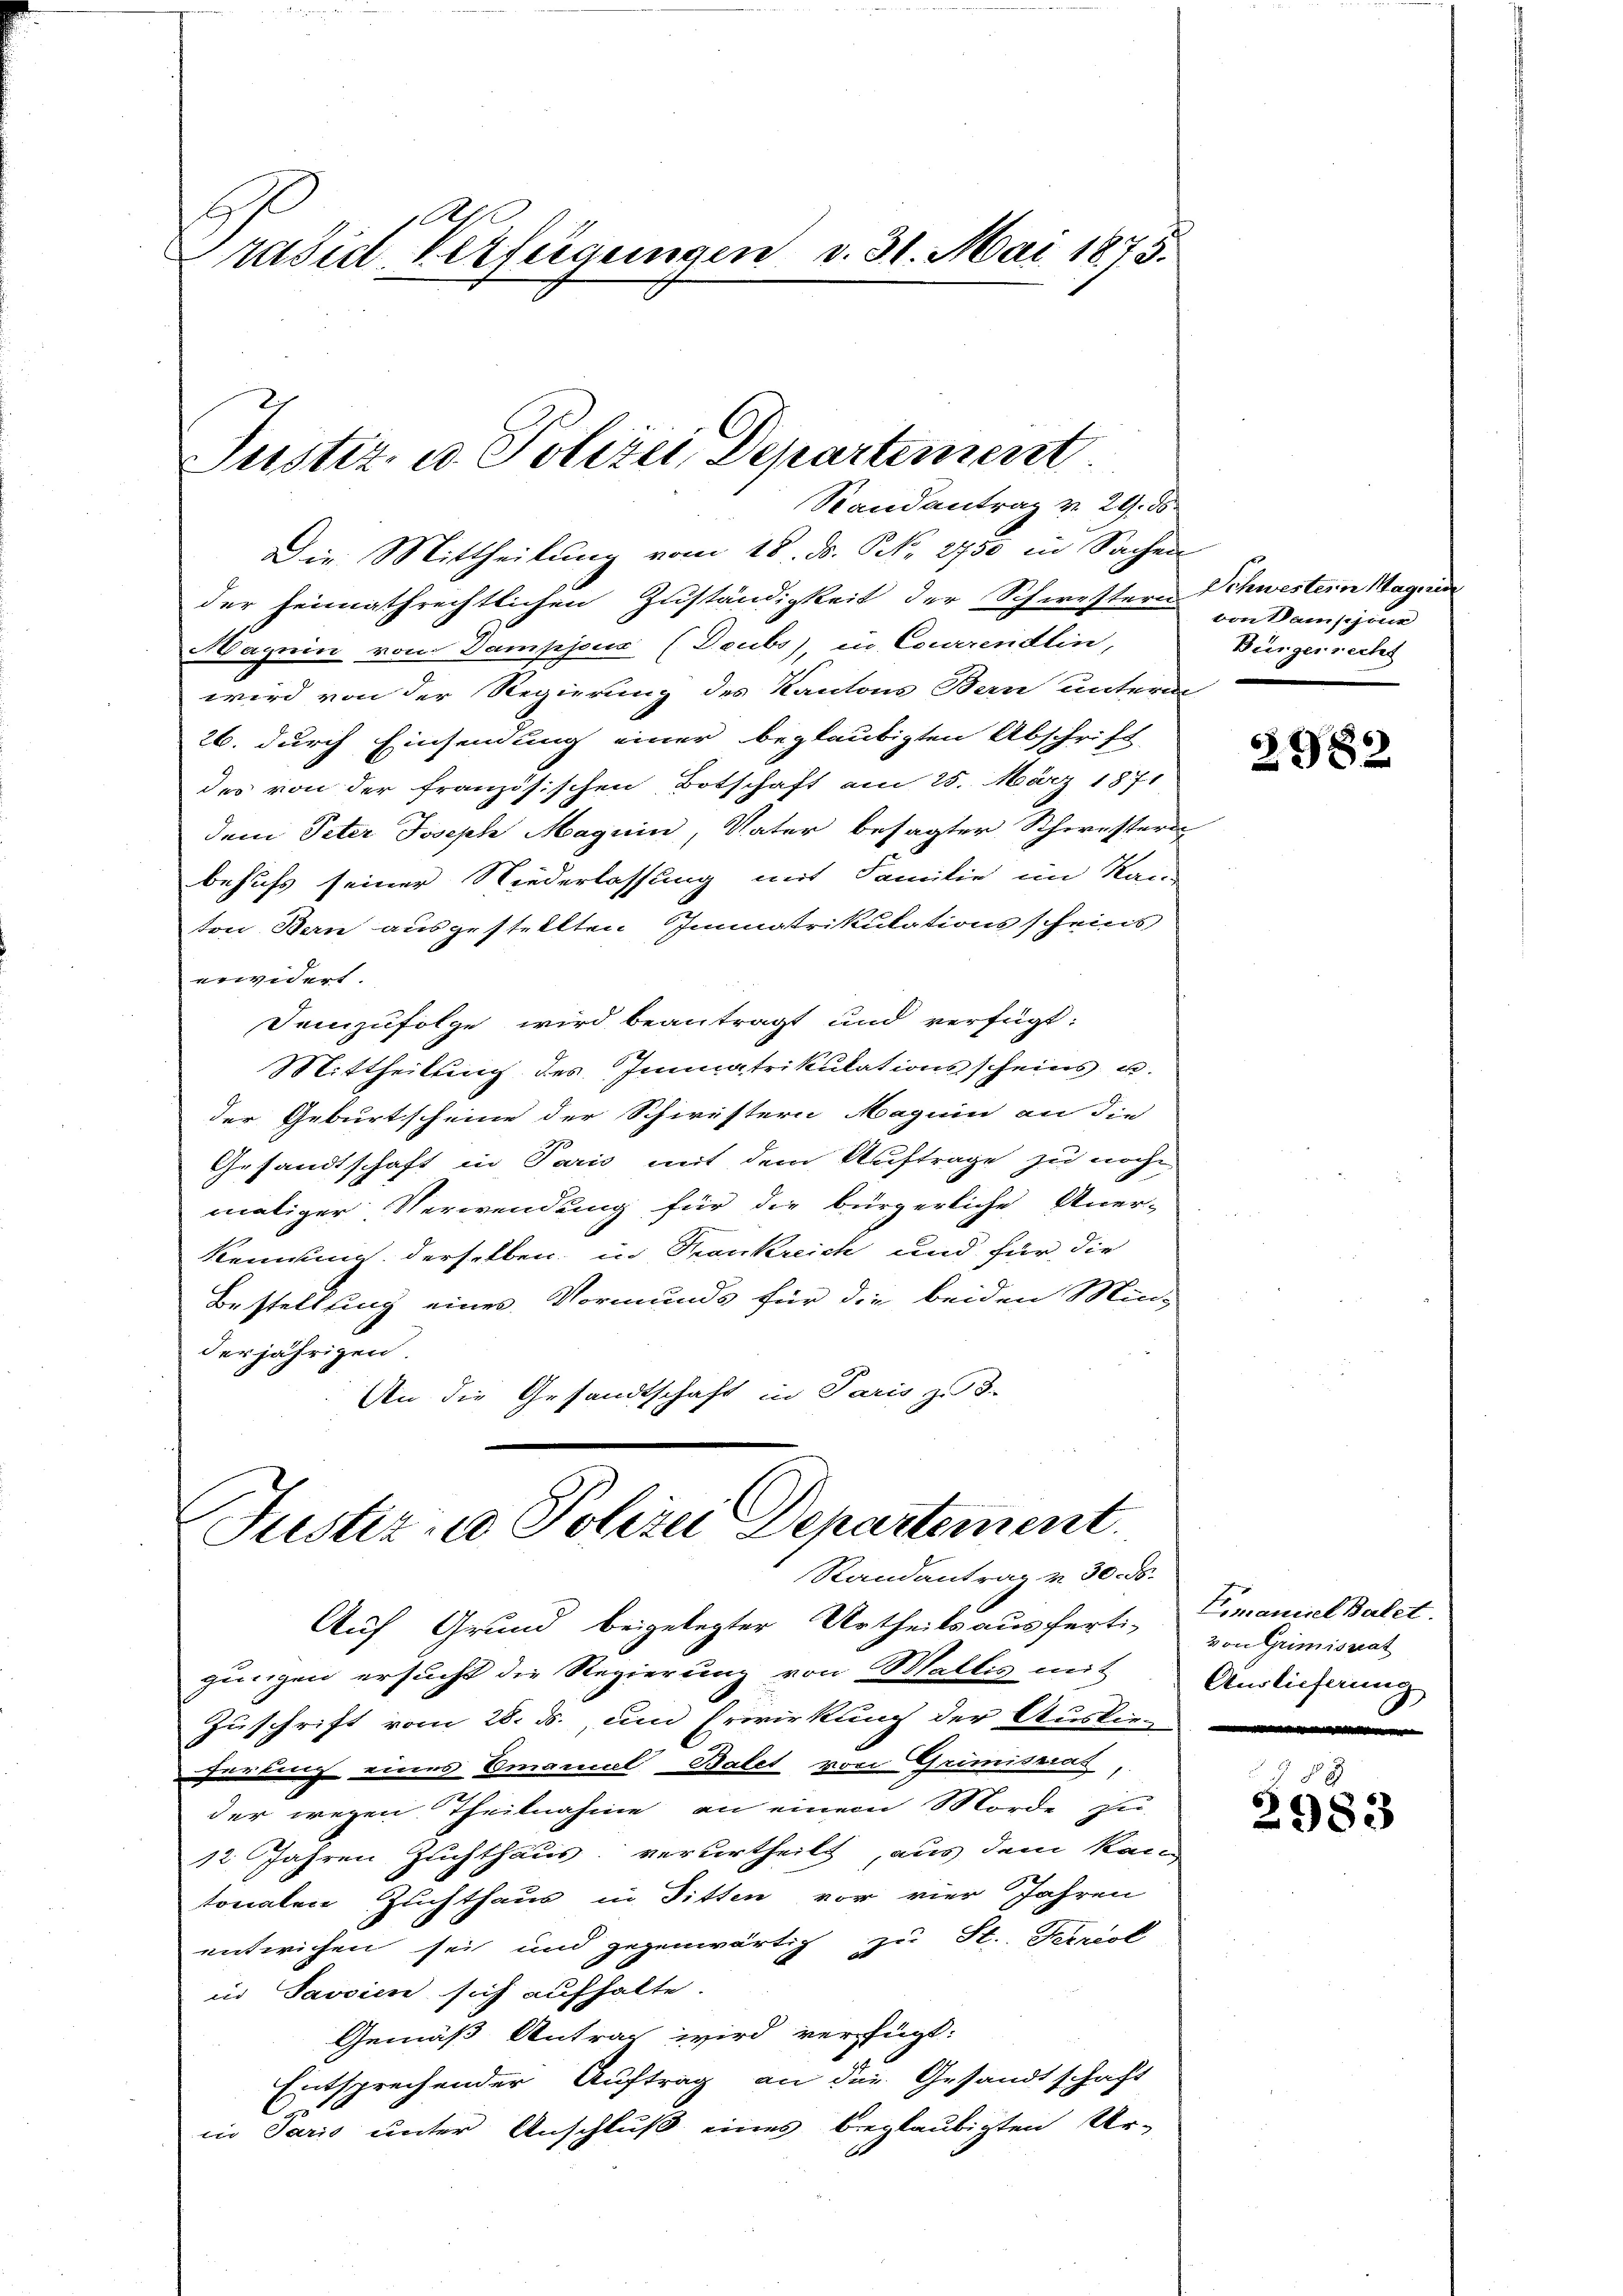
rasidl Verfeigungen v. 31. Mai 1875.

Justiz u. Polizei Departement
Randantrag v. 29. ds

Die Mittheilung vom 18. ds. N. 2750 in Sachen
der heimathrechtlichen Zuständigkeit der Schwestere Schwestern Mag in
Maynin von Dampjoux (Deubs), in Courirendlin,
wird von der Regierung des Kantons Bern unterm
26. durch Einsendung einer beglaubigten Abschrift
des von der französischen Botschaft am 25. März 1871
dem Peter Joseph Magnin, Vater besagter Schwesters
behufs seiner Niederlassung mit Familie im Kanton Bern ausgestellten Immatrikulationsscheins
widert
Demzufolge wird beantragt und verfügt:
Mittheilung des Immatrikulationsscheins u.
der Geburtscheine der Schwestern Maguin an die
Gesandtschaft in Paris mit dem Auftrage zu noche
maliger Verwendung für die bürgerliche Aner-
kennung derselben in Trankreich und für die
Bestellung eines Vormunds für die beiden Min-
derjährigen.
An die Gesandtschaft in Paris zu 3.

Justiz- u Polizei Departement.
Randantrag v. 30. ds.

Auf Grund beigelegter Urtheils ausferti-
gungen ersucht die Regierung von Wallis mit
Zuschrift vom 28. d. um Erwirkung der Auslie-
härtung eines Emanuel Balet von Grimisziat
der wegen Theilnahme an einem Morde Ju-
12 Jahren Zuchthaus verurtheilt, aus dem kan-
tonalen Zuchthaus in Ditten vor vier Jahren
entwichen sei und gegenwärtig zu St. Periol
in Javaien sich aufhalte
Gemäß Antrag wird verfügt:
Entsprechender Auftrag an die Gesandtschaft
C
in Paris unter Anschluß eines beglaubigten Ur-

von Pansijour
Bürgerrecht

3982

Emanuel Balet.
von Grimisrat
Auslieferung

988
2983